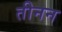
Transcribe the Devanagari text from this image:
तीनन